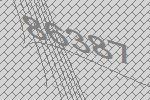
86387